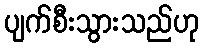
ပျက်စီးသွားသည်ဟု